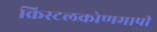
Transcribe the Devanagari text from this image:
क्रिस्टलकोणमापी